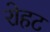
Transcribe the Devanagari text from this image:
रोहट